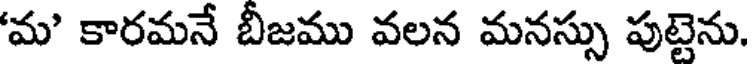
'మ' కారమనే బీజము వలన మనస్సు పుట్టెను.